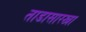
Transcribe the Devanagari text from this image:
ताडासारखा